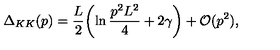
\Delta _ { K K } ( p ) = { \frac { L } { 2 } } \biggl ( \ln { \frac { p ^ { 2 } L ^ { 2 } } { 4 } } + 2 \gamma \biggr ) + { \cal O } ( p ^ { 2 } ) ,